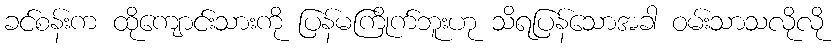
ခင်စန်းက ထိုကျောင်းသားကို ပြန်မကြိုက်ဘူးဟု သိရပြန်သောအခါ ဝမ်းသာသလိုလို